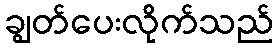
ချွတ်ပေးလိုက်သည်